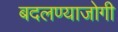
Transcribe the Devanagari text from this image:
बदलण्याजोगी